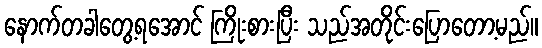
နောက်တခါတွေ့ရအောင် ကြိုးစားပြီး သည်အတိုင်းပြောတော့မည်။